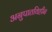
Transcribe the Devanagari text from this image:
अनुपातविहीन